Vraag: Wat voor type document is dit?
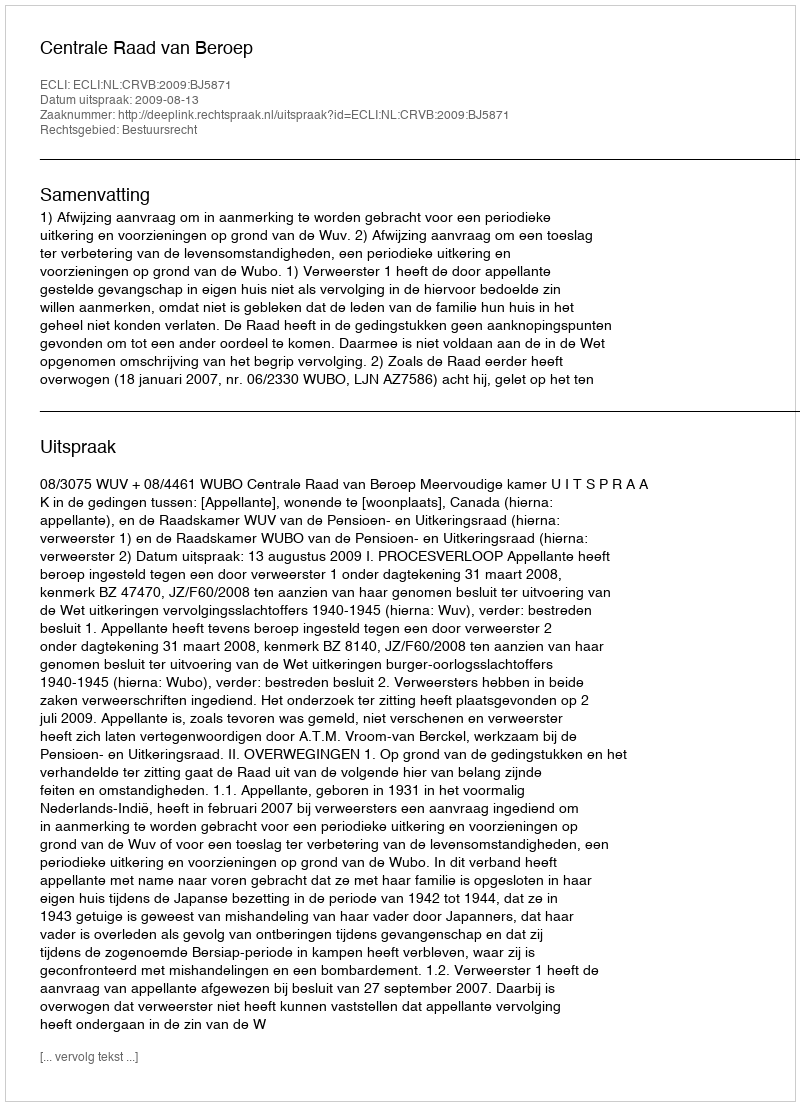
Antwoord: Uitspraak